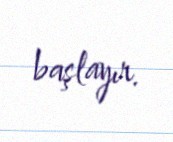
başlayır.